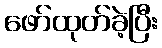
ဖော်ထုတ်ခဲ့ပြီး